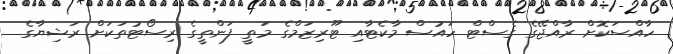
ހާއްސަކޮށް ރާއްޖޭގެ ގެސްޓް ހައުސް މާކެޓާއި ޓޫރިޒަމްގެ މަތީ ފަންތީގެ ރިސޯޓުތަކަށް ރަޝިޔާގެ